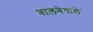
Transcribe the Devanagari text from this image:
बालनेवाले